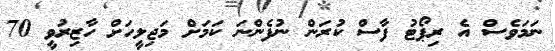
ނަމަވެސް އެ ރިޕޯޓު ފާސް ކުރަން ނުފެންނަ ކަމަށް މަޖިލީހަށް ހާޒިރުވީ 70